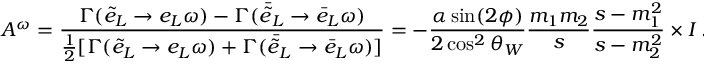
{ \cal A } ^ { \omega } = { \frac { \Gamma ( \tilde { e } _ { L } \rightarrow e _ { L } \omega ) - \Gamma ( { \bar { \tilde { e } } } _ { L } \rightarrow \bar { e } _ { L } \omega ) } { { \frac { 1 } { 2 } } [ \Gamma ( \tilde { e } _ { L } \rightarrow e _ { L } \omega ) + \Gamma ( \bar { \tilde { e } } _ { L } \rightarrow \bar { e } _ { L } \omega ) ] } } = - { \frac { \alpha \sin ( 2 \phi ) } { 2 \cos ^ { 2 } \theta _ { W } } } { \frac { m _ { 1 } m _ { 2 } } { s } } { \frac { s - m _ { 1 } ^ { 2 } } { s - m _ { 2 } ^ { 2 } } } \ \times \ { \cal I } \ .